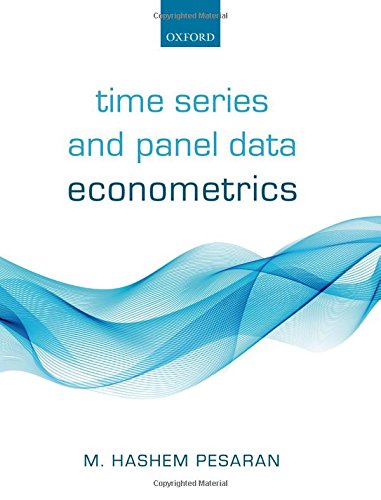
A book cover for Time Series and Panel Data Econometrics; M. Hashem Pesaran; Business & Money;